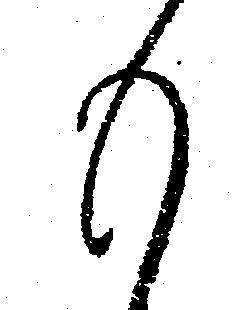
も